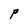
Character: P